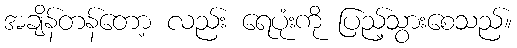
အချိန်တန်တော့ လည်း ရေပုံးကို ပြည့်သွားစေသည်။